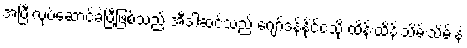
အပြီးလုပ်ဆောင်ခဲ့ပြီဖြစ်သည် အီဒါဆင်သည် ဂျော်ဒန်နိုင်ငံသို့ ထိန်းထိန်းသိမ်းသိမ်းနဲ့